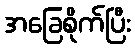
အခြေစိုက်ပြီး